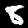
Label: 8